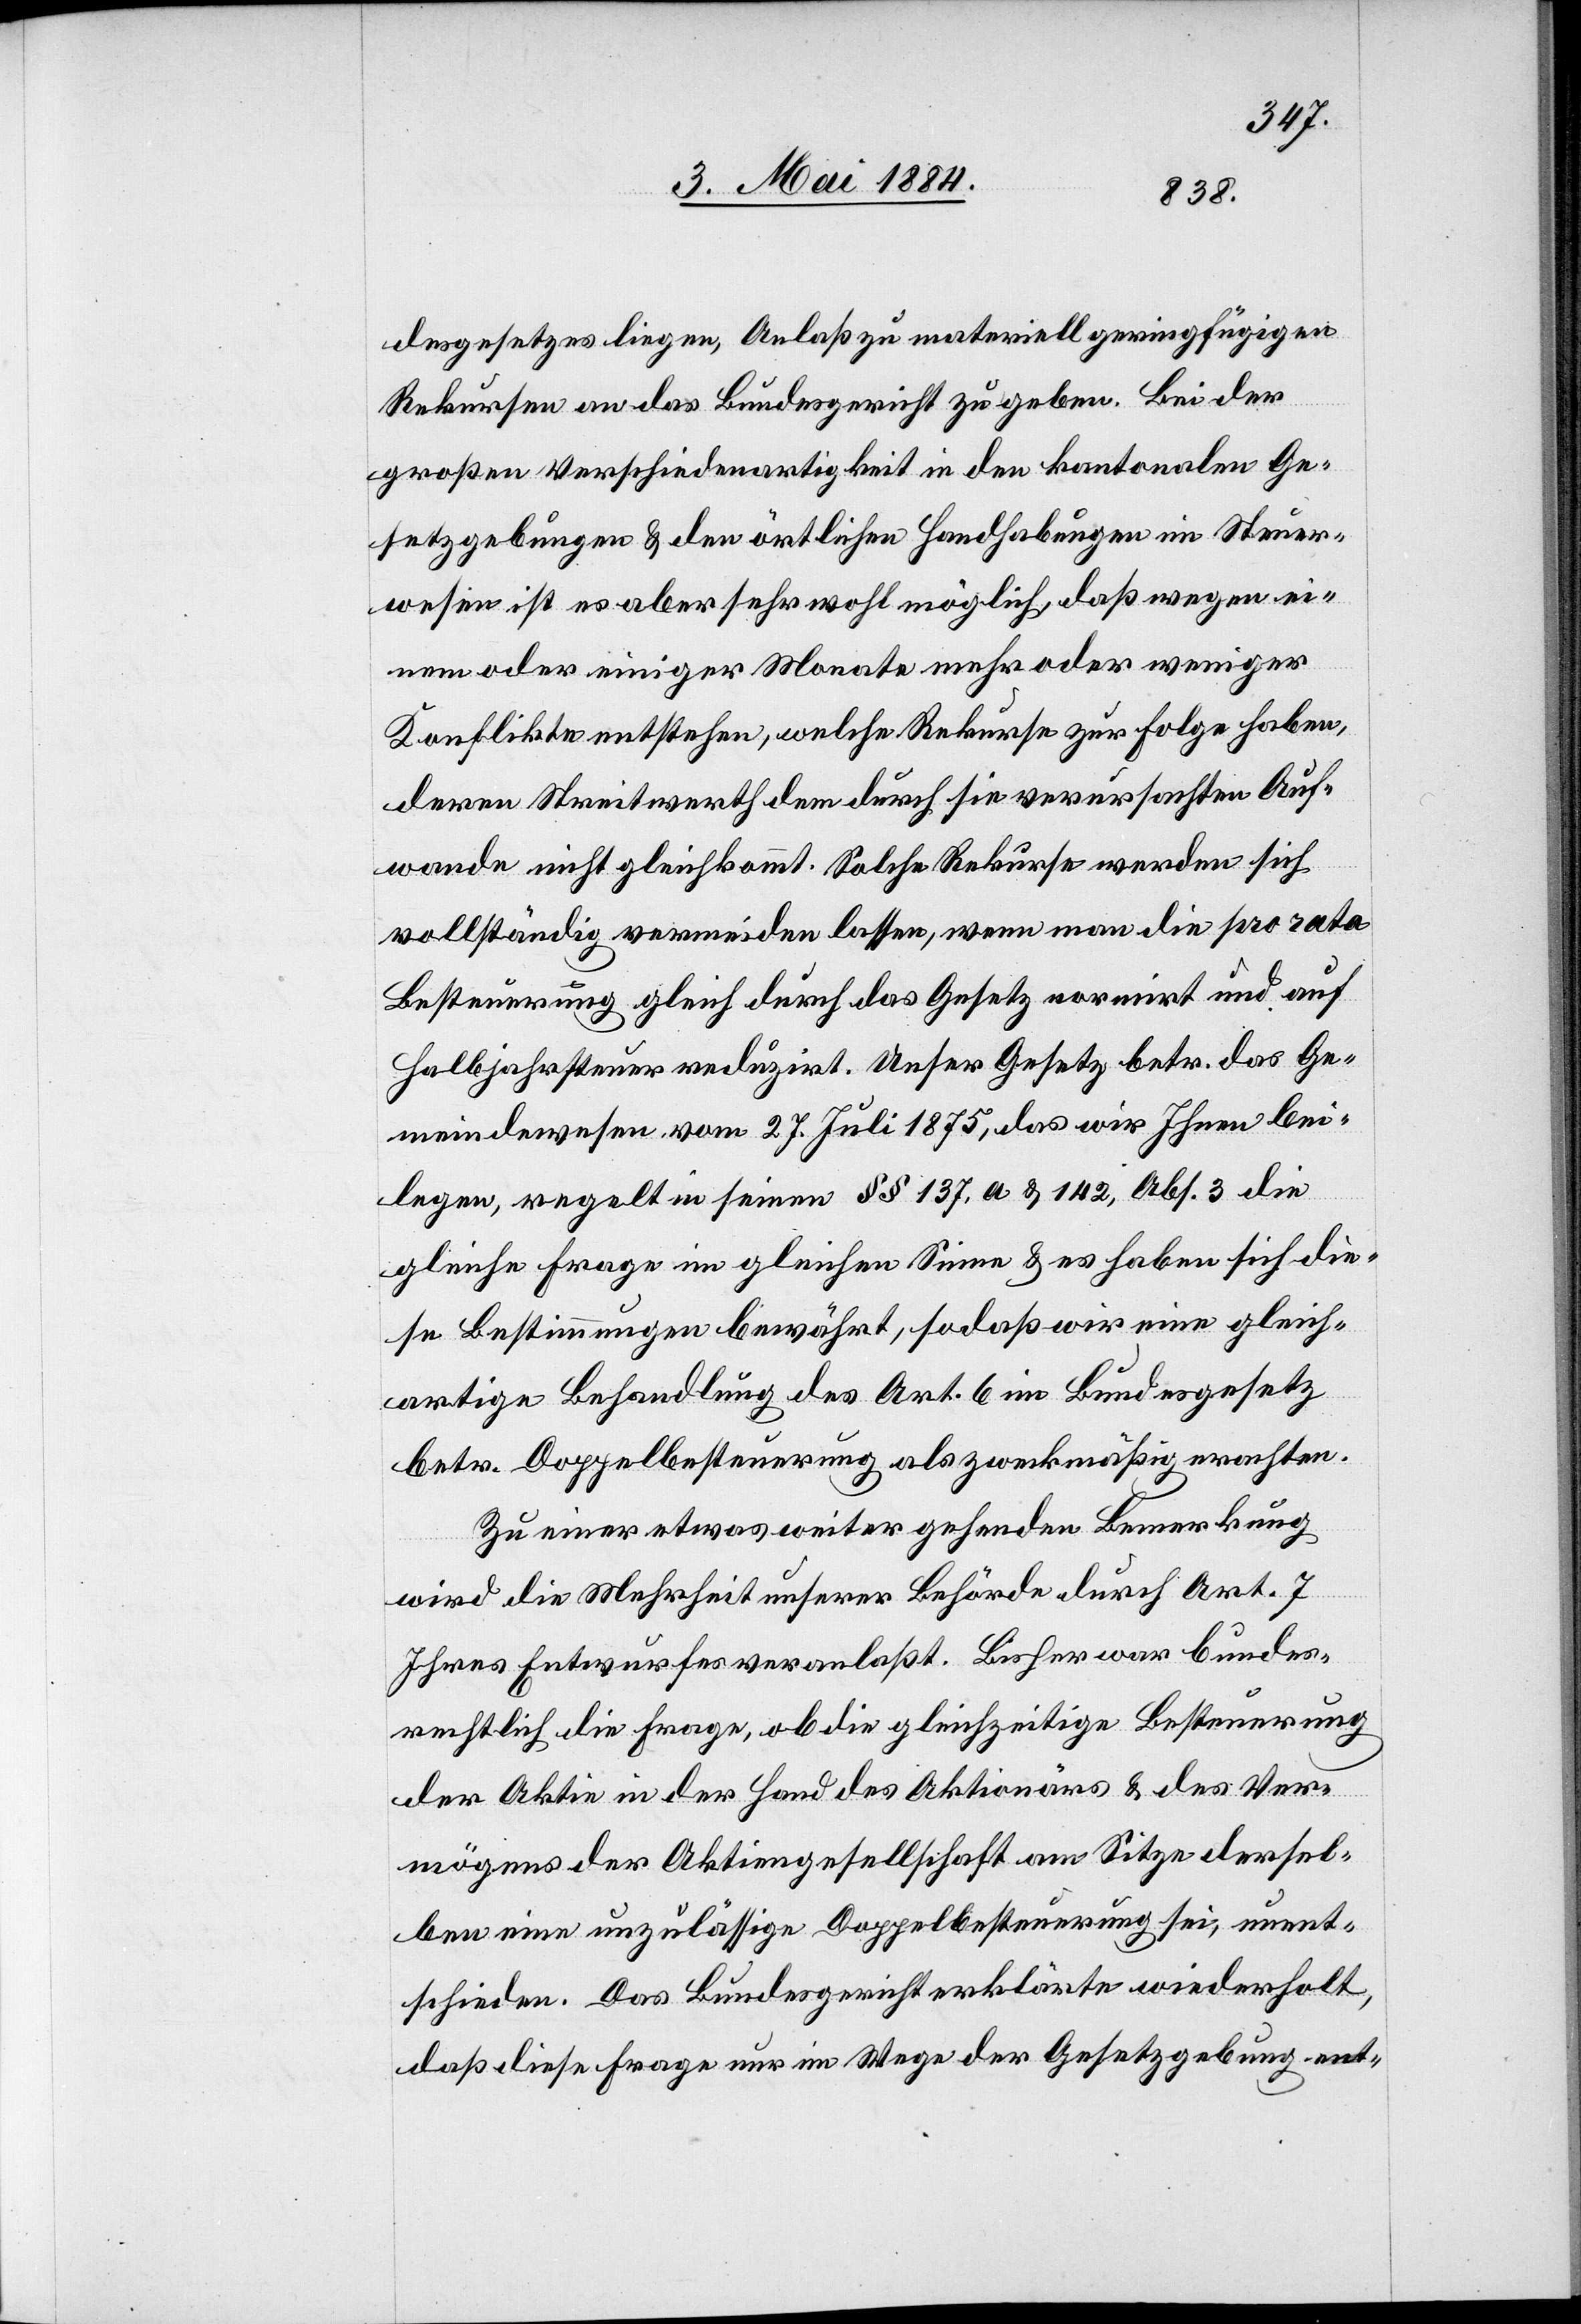
desgesetzes liegen, Anlaß zu materiell geringfügigen
Rekursen an das Bundesgericht zu geben. Bei der
großen Verschiedenartigkeit in den kantonalen Ge¬
setzgebungen & den örtlichen Handhabungen im Steuer¬
wesen ist es aber sehr wohl möglich, daß wegen ei¬
nem oder einiger Monate mehr oder weniger
Konflikte entstehen, welche Rekurse zur Folge haben,
deren Streitwerth dem durch sie verursachten Auf¬
wande nicht gleichkommt. Solche Rekurse werden sich
vollständig vermeiden lassen, wenn man die pro rata
Besteuerung gleich durch das Gesetz normirt und auf
Halbjahrsteuer reduzirt. Unser Gesetz betr. das Ge¬
meindewesen vom 27. Juli 1878, das wir Ihnen bei¬
legen, regelt in seinen §§ 137, a & 142, Abs. 3 die
gleiche Frage im gleichen Sinne & es haben sich die¬
se Bestimmungen bewährt, sodaß wir eine gleich¬
artige Behandlung des Art. 6 im Bundesgesetz
betr. Doppelbesteuerung als zweckmäßig erachten.
Zu einer etwas weiter gehenden Bemerkung
wird die Mehrheit unserer Behörde durch Art. 7
Ihres Entwurfes veranlaßt. Bisher war bundes¬
rechtlich die Frage, ob die gleichzeitige Besteuerung
der Aktie in der Hand des Aktionärs & des Ver¬
mögens der Aktiengesellschaft am Sitze dersel¬
ben eine unzulässige Doppelbesteuerung sei, unent¬
schieden. Das Bundesgericht erklärte wiederholt,
daß diese Frage nur im Wege der Gesetzgebung ent-